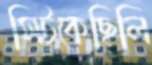
সিট্‌কেছিলি